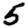
Digit: 5